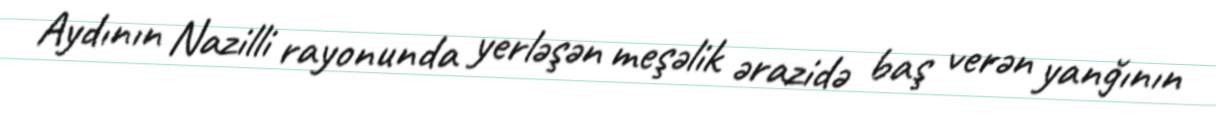
Aydının Nazilli rayonunda yerləşən meşəlik ərazidə baş verən yanğının